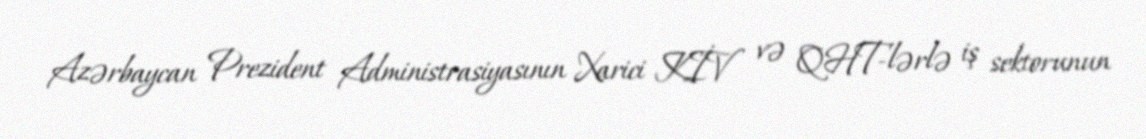
Azərbaycan Prezident Administrasiyasının Xarici KİV və QHT-lərlə iş sektorunun